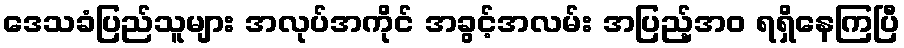
ဒေသခံပြည်သူများ အလုပ်အကိုင် အခွင့်အလမ်း အပြည့်အဝ ရရှိနေကြပြီ